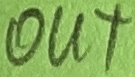
Text: OUT